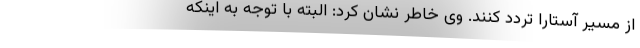
از مسیر آستارا تردد کنند. وی خاطر نشان کرد: البته با توجه به اینکه